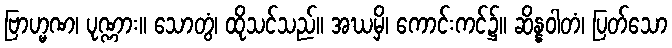
ဗြာဟ္မဏ၊ ပုဏ္ဏား။ သောတွံ၊ ထိုသင်သည်။ အဃမှိ၊ ကောင်းကင်၌။ ဆိန္နဝါတံ၊ ပြတ်သော